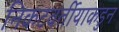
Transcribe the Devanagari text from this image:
निकटवर्तीयाकडुन